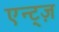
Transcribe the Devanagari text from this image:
एन्ट्ज़